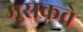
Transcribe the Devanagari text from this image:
मसकवे